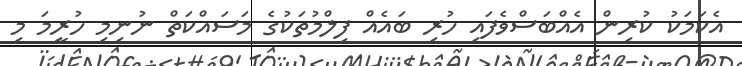
އެކަމަކު ކުރިން އެއްބަސްވެފައި ހުރި ބައެއް ފިލްމުތަކުގެ މަސައްކަތް ނުނިމި ހުރީމަ މި